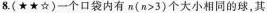
8.(★★☆)一个口袋内有$$n ( n > 3)$$个大小相同的球，其